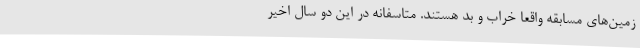
زمین‌های مسابقه واقعا خراب و بد هستند. متاسفانه در این دو سال اخیر